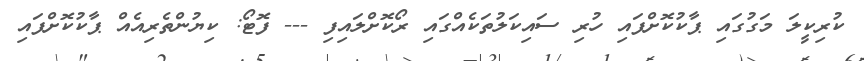
ކުރިކީލަ މަގުގައި ޕާކުކޮށްފައި ހުރި ސައިކަލުތަކެއްގައި ރޯކޮށްލައިފި --- ފޮޓޯ: ކިޔުންތެރިއެއް ޕާކުކޮށްފައި